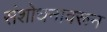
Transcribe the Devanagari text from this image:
संशोधनावरून